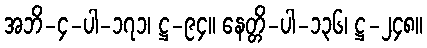
အဘိ-၄-ပါ-၁၇၁၊ ဋ္ဌ-၉၄။ နေတ္တိ-ပါ-၁၃၆၊ ဋ္ဌ-၂၄၈။